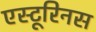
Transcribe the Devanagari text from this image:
एस्टूरिनस